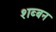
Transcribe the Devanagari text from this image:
शब्बन